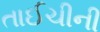
તાઈચીની